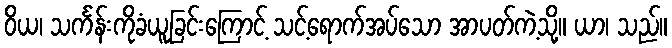
ဝိယ၊ သင်္ကန်းကိုခံယူခြင်းကြောင့် သင့်ရောက်အပ်သော အာပတ်ကဲ့သို့။ ယာ၊ သည်။